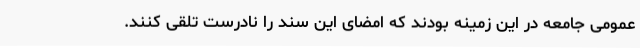
عمومی جامعه در این زمینه بودند که امضای این سند را نادرست تلقی کنند.